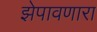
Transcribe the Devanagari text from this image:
झेपावणारा